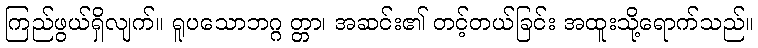
ကြည်ဖွယ်ရှိလျက်။ ရူပသောဘဂ္ဂ တ္တာ၊ အဆင်း၏ တင့်တယ်ခြင်း အထူးသို့ရောက်သည်။